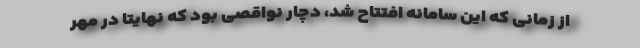
از زمانی که این سامانه افتتاح شد، دچار نواقصی بود که نهایتا در مهر